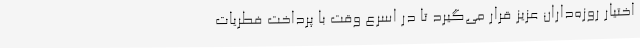
اختیار روزه‌داران عزیز قرار می‌گیرد تا در اسرع وقت با پرداخت فطریات